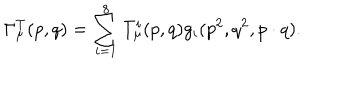
\Gamma _ { \mu } ^ { \mathrm { T } } ( p , q ) = \sum _ { i = 1 } ^ { 8 } T _ { \mu } ^ { i } ( p , q ) g _ { i } ( p ^ { 2 } , q ^ { 2 } , p \cdot q ) .